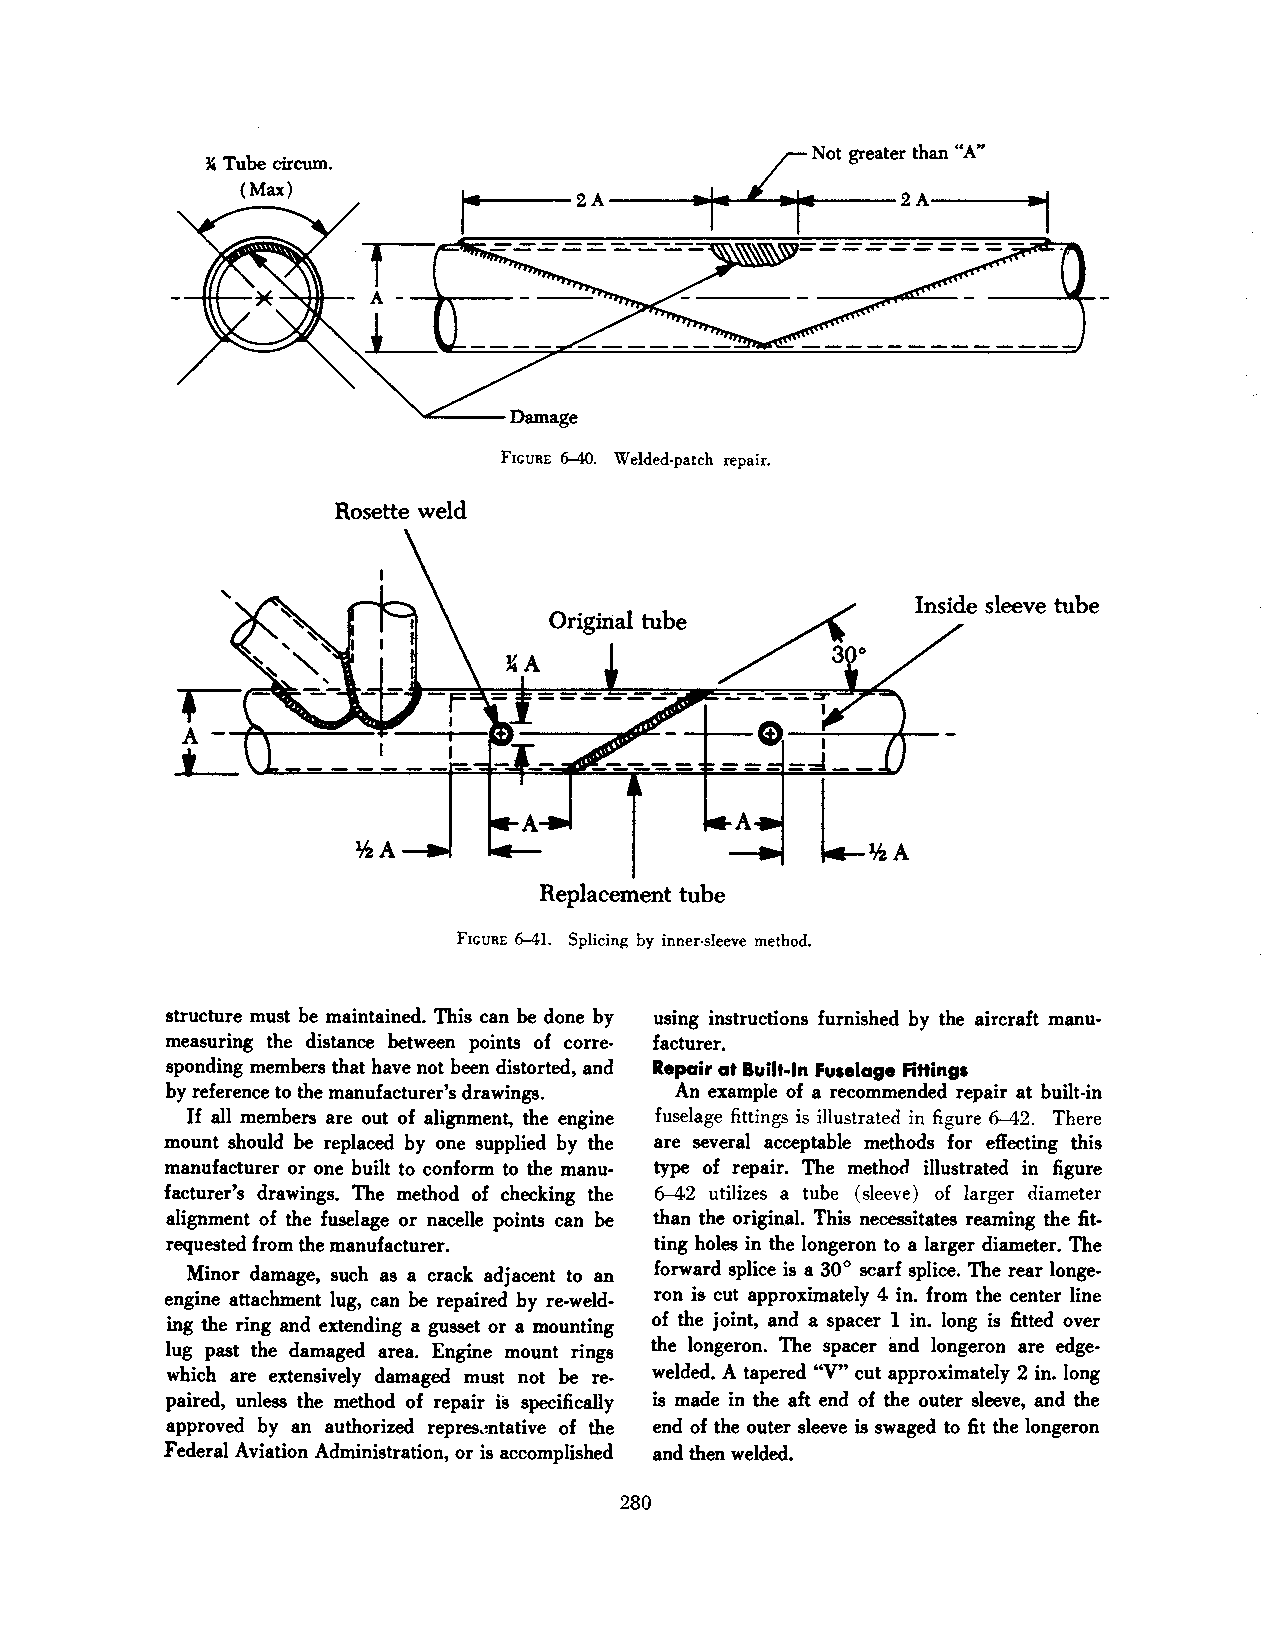
~ Tube circum.
 (Max)
 FIGURE 6-40. Welded-patch repair.
 Rosette weld
 Original tube
 .--
 ~A
 A
 ~::~~~r---=;__-•---.,_.-c:D -------,llt9!~
 t
 Replacement tube
 FIGURE ~1. Splicing by inner-sleeve method.
 structure must be maintained. This can be done by using instructions furnished by the aircraft manu
 measuring the distance between points of corre facturer.
 sponding members that have not been distorted, and Repair at Built-In Fuselage Fittings
 by reference to the manufacturer's drawings. An example of a recommended repair at built-in
 If all members are out of alignment, the engine fuselage fittings is illustrated in figure 6-42. There
 mount should be replaced by one supplied by the are several acceptable methods for effecting this
 manufacturer or one built to conform to the manu type of repair. The method illustrated in figure
 facturer's drawings. The method of checking the 6-42 utilizes a tube (sleeve) of larger diameter
 alignment of the fuselage or nacelle points can be than the original. This necessitates reaming the fit
 requested from the manufacturer. ting holes in the longeron to a larger diameter. The
 Minor damage, such as a crack adjacent to an forward splice is a 30° scarf splice. The rear longe
 engine attachment lug, can be repaired by re-weld ron is cut approximately 4 in. from the center line
 ing the ring and extending a gusset or a mounting of the joint, and a spacer 1 in. long is fitted over
 lug past the damaged area. Engine mount rings the longeron. The spacer and longeron are edge
 which are extensively damaged must not be re welded. A tapered "V" cut approximately 2 in. long
 paired, unless the method of repair is specifically is made in the aft end of the outer sleeve, and the
 approved by an authorized repres.mtative of the end of the outer sleeve is swaged to fit the longeron
 Federal Aviation Administration, or is accomplished and then welded.
 280